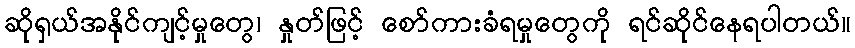
ဆိုရှယ်အနိုင်ကျင့်မှုတွေ၊ နှုတ်ဖြင့် စော်ကားခံရမှုတွေကို ရင်ဆိုင်နေရပါတယ်။